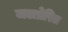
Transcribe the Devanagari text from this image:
जलप्रेरित